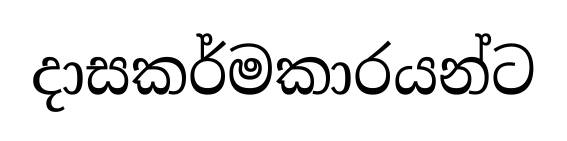
දාසකර්මකාරයන්ට